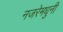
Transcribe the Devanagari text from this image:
नजरेमधुनी